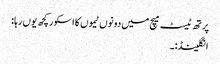
پرتھ ٹیسٹ میچ میں دونوں ٹیموں کا اسکور کچھ یوں رہا:
انگلینڈ:۔